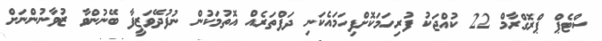
ސްޓެޕް ޕްރޮގްރާމް 22 ކުއްޖަކު ފުރިހަމަކޮށްފިހަމައެކަނި ދަފްތަރެއް އޮތުމަކުން ނުފުދޭވަޒީފާ ބޭނުންވާ ޒުވާނުންނަށް